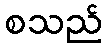
စသည်